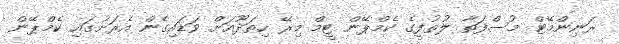
ރަނިންމޭޓް މުސްފަތާ ލުތުފީގެ ކެމްޕޭން ޓީމް މިރޭ ހިތަދޫއަށް ވަޑައިގެން އެރަށުގައި ކެމްޕޭން